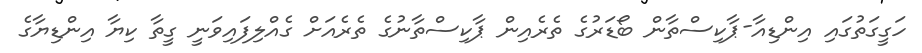
ހަގީގަތުގައި އިންޑިއާ-ޕާކިސްތާން ބޯޑަރުގެ ތެރެއިން ޕާކިސްތާނުގެ ތެރެއަށް ގެއްލިފައިވަނީ ގީތާ ކިޔާ އިންޑިޔާގެ